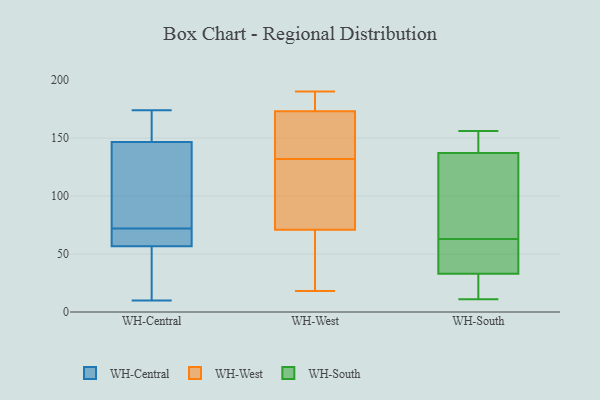
{"axis": {"x": "Inventory Turnover", "y": "Value"}, "legend": ["WH-Central", "WH-South", "WH-West"], "data": [{"x": "", "y": 99, "type": "WH-Central"}, {"x": "", "y": 147, "type": "WH-Central"}, {"x": "", "y": 72, "type": "WH-Central"}, {"x": "", "y": 155, "type": "WH-Central"}, {"x": "", "y": 10, "type": "WH-Central"}, {"x": "", "y": 62, "type": "WH-Central"}, {"x": "", "y": 68, "type": "WH-Central"}, {"x": "", "y": 145, "type": "WH-Central"}, {"x": "", "y": 54, "type": "WH-Central"}, {"x": "", "y": 174, "type": "WH-Central"}, {"x": "", "y": 55, "type": "WH-Central"}, {"x": "", "y": 72, "type": "WH-West"}, {"x": "", "y": 165, "type": "WH-West"}, {"x": "", "y": 74, "type": "WH-West"}, {"x": "", "y": 176, "type": "WH-West"}, {"x": "", "y": 28, "type": "WH-West"}, {"x": "", "y": 121, "type": "WH-West"}, {"x": "", "y": 170, "type": "WH-West"}, {"x": "", "y": 70, "type": "WH-West"}, {"x": "", "y": 176, "type": "WH-West"}, {"x": "", "y": 18, "type": "WH-West"}, {"x": "", "y": 190, "type": "WH-West"}, {"x": "", "y": 143, "type": "WH-West"}, {"x": "", "y": 40, "type": "WH-South"}, {"x": "", "y": 156, "type": "WH-South"}, {"x": "", "y": 33, "type": "WH-South"}, {"x": "", "y": 155, "type": "WH-South"}, {"x": "", "y": 90, "type": "WH-South"}, {"x": "", "y": 84, "type": "WH-South"}, {"x": "", "y": 14, "type": "WH-South"}, {"x": "", "y": 137, "type": "WH-South"}, {"x": "", "y": 11, "type": "WH-South"}, {"x": "", "y": 42, "type": "WH-South"}]}